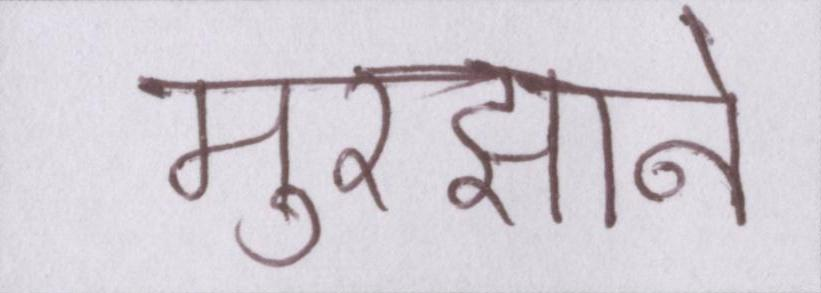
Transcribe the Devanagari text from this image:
मुरझाने